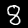
Label: 8